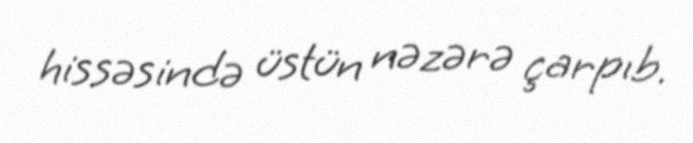
hissəsində üstün nəzərə çarpıb.